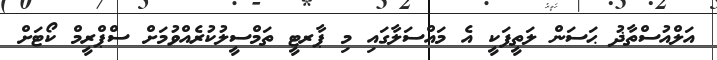
އަލްއުސްތާޛު ޙަސަން ލަތީފަކީ އެ މައްސަލާގައި މި ޕާރޓީ ތަމްސީލުކުރެއްވުމަށް ސްޕްރީމް ކޯޓަށް